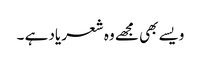
ویسے بھی مجھے وہ شعر یاد ہے ۔